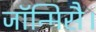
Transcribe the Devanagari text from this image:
जॉन्मिसै।